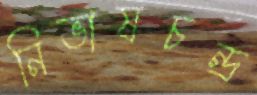
নিভাষচন্দ্র